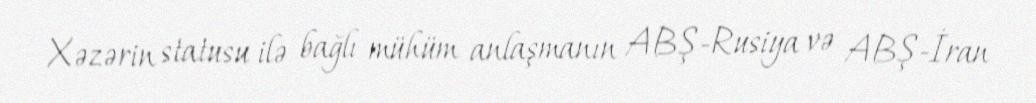
Xəzərin statusu ilə bağlı mühüm anlaşmanın ABŞ-Rusiya və ABŞ-İran